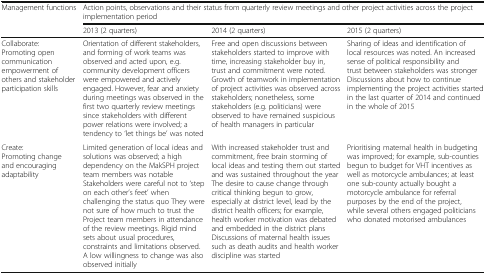
<table><thead><tr><td><b>Management functions</b></td><td colspan="3"><b>Action points, observations and their status from quarterly review meetings and other project activities across the project implementation period</b></td></tr><tr><td></td><td><b>2013 (2 quarters)</b></td><td><b>2014 (2 quarters)</b></td><td><b>2015 (2 quarters)</b></td></tr></thead><tbody><tr><td>Collaborate:Promoting open communication empowerment of others and stakeholder participation skills</td><td>Orientation of different stakeholders, and forming of work teams was observed and acted upon, e.g. community development officers were empowered and actively engaged. However, fear and anxiety during meetings was observed in the first two quarterly review meetings since stakeholders with different power relations were involved; a tendency to ‘let things be’ was noted</td><td>Free and open discussions between stakeholders started to improve with time, increasing stakeholder buy in, trust and commitment were noted.Growth of teamwork in implementation of project activities was observed across stakeholders; nonetheless, some stakeholders (e.g. politicians) were observed to have remained suspicious of health managers in particular</td><td>Sharing of ideas and identification of local resources was noted. An increased sense of political responsibility and trust between stakeholders was strongerDiscussions about how to continue implementing the project activities started in the last quarter of 2014 and continued in the whole of 2015</td></tr><tr><td>Create:Promoting change and encouraging adaptability</td><td>Limited generation of local ideas and solutions was observed; a high dependency on the MakSPH project team members was notable Stakeholders were careful not to ‘step on each other’s feet’ when challenging the status quo They were not sure of how much to trust the Project team members in attendance of the review meetings. Rigid mind sets about usual procedures, constraints and limitations observed. A low willingness to change was also observed initially</td><td>With increased stakeholder trust and commitment, free brain storming of local ideas and testing them out started and was sustained throughout the year The desire to cause change through critical thinking begun to grow, especially at district level, lead by the district health officers; for example, health worker motivation was debated and embedded in the district plansDiscussions of maternal health issues such as death audits and health worker discipline was started</td><td>Prioritising maternal health in budgeting was improved; for example, sub-counties begun to budget for VHT incentives as well as motorcycle ambulances; at least one sub-county actually bought a motorcycle ambulance for referral purposes by the end of the project, while several others engaged politicians who donated motorised ambulances</td></tr></tbody></table>